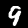
Label: 9